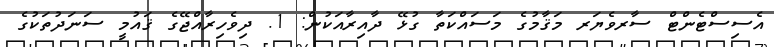
އެސިސްޓެންޓް ސާރވެޔަރ މަޤާމުގެ މަސައްކަތާ ގުޅޭ ދާއިރާއަކުން: 1. ދިވެހިރާއްޖޭގެ ޤައުމީ ސަނަދުތަކުގެ